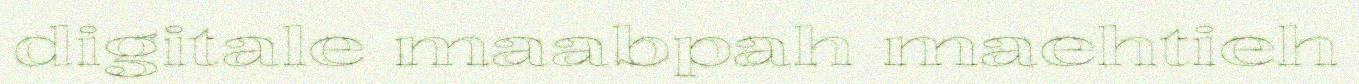
digitale maabpah maehtieh